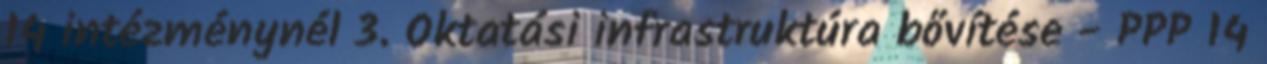
14 intézménynél 3. Oktatási infrastruktúra bővítése - PPP 14